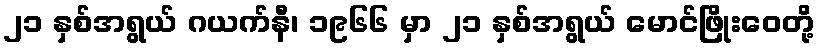
၂၁ နှစ်အရွယ် ဂယက်နီ၊ ၁၉၆၆ မှာ ၂၁ နှစ်အရွယ် မောင်ဖြိုးဝေတို့